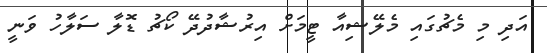
އަދި މި މެޗުގައި މެލޭޝިއާ ޓީމަށް އިރުޝާދުދޭ ކޯޗު ޑޮލާ ސަލާހު ވަނީ